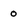
Character: o